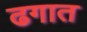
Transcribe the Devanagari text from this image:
ढगात